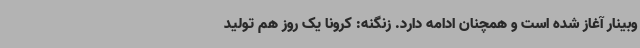
وبینار آغاز شده است و همچنان ادامه دارد. زنگنه: کرونا یک روز هم تولید